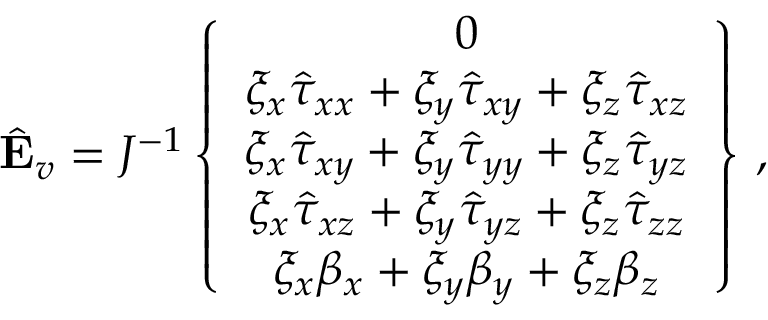
\hat { \mathbf { E } } _ { v } = J ^ { - 1 } \left\{ \begin{array} { c } { 0 } \\ { \xi _ { x } \hat { \tau } _ { x x } + \xi _ { y } \hat { \tau } _ { x y } + \xi _ { z } \hat { \tau } _ { x z } } \\ { \xi _ { x } \hat { \tau } _ { x y } + \xi _ { y } \hat { \tau } _ { y y } + \xi _ { z } \hat { \tau } _ { y z } } \\ { \xi _ { x } \hat { \tau } _ { x z } + \xi _ { y } \hat { \tau } _ { y z } + \xi _ { z } \hat { \tau } _ { z z } } \\ { \xi _ { x } { \beta } _ { x } + \xi _ { y } { \beta } _ { y } + \xi _ { z } { \beta } _ { z } } \end{array} \right\} \, \mathrm { , }